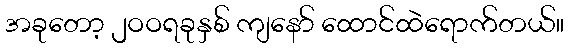
အခုတော့ ၂ဝဝရခုနှစ် ကျနော် ထောင်ထဲရောက်တယ်။